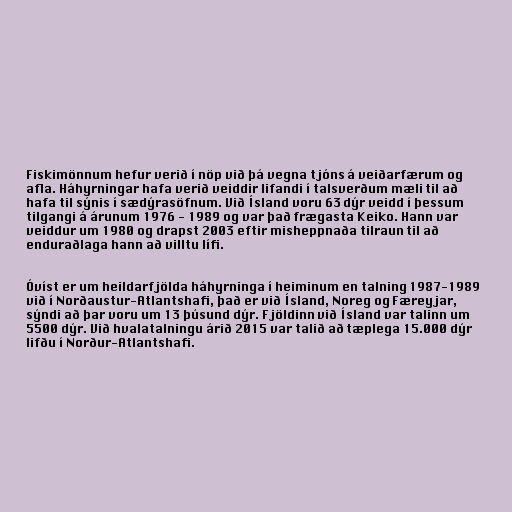
Fiskimönnum hefur verið í nöp við þá vegna tjóns á veiðarfærum og
afla. Háhyrningar hafa verið veiddir lifandi í talsverðum mæli til að
hafa til sýnis í sædýrasöfnum. Við Ísland voru 63 dýr veidd í þessum
tilgangi á árunum 1976 - 1989 og var það frægasta Keiko. Hann var
veiddur um 1980 og drapst 2003 eftir misheppnaða tilraun til að
enduraðlaga hann að villtu lífi.

Óvíst er um heildarfjölda háhyrninga í heiminum en talning 1987-1989
við í Norðaustur-Atlantshafi, það er við Ísland, Noreg og Færeyjar,
sýndi að þar voru um 13 þúsund dýr. Fjöldinn við Ísland var talinn um
5500 dýr. Við hvalatalningu árið 2015 var talið að tæplega 15.000 dýr
lifðu í Norður-Atlantshafi.